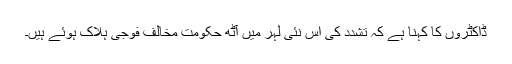
ڈاکٹروں کا کہنا ہے کہ تشدد کی اس نئی لہر میں آٹھ حکومت مخالف فوجی ہلاک ہوئے ہیں۔